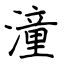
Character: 潼